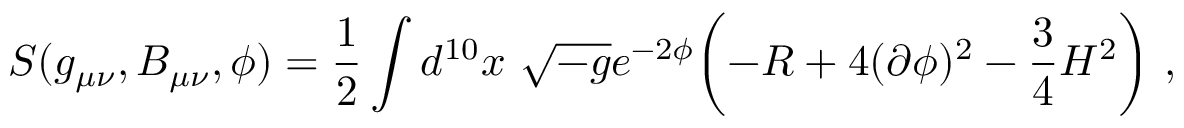
S ( g _ { \mu \nu } , B _ { \mu \nu } , \phi ) = { \frac { 1 } { 2 } } \int d ^ { 1 0 } x \ \sqrt { - g } e ^ { - 2 \phi } \biggl ( - R + 4 ( \partial \phi ) ^ { 2 } - { \frac { 3 } { 4 } } H ^ { 2 } \biggr ) \ ,